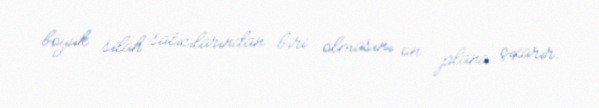
böyük silah satıcılarından biri olmasını ön plana çıxarır.